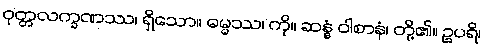
ဝုတ္တလက္ခဏဿ၊ ရှိသော။ ဓမ္မဿ၊ ကို။ ဆန္နံ ဝါစာနံ၊ တို့၏။ ဥပရိ၊